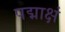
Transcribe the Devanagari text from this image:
पद्माक्षं